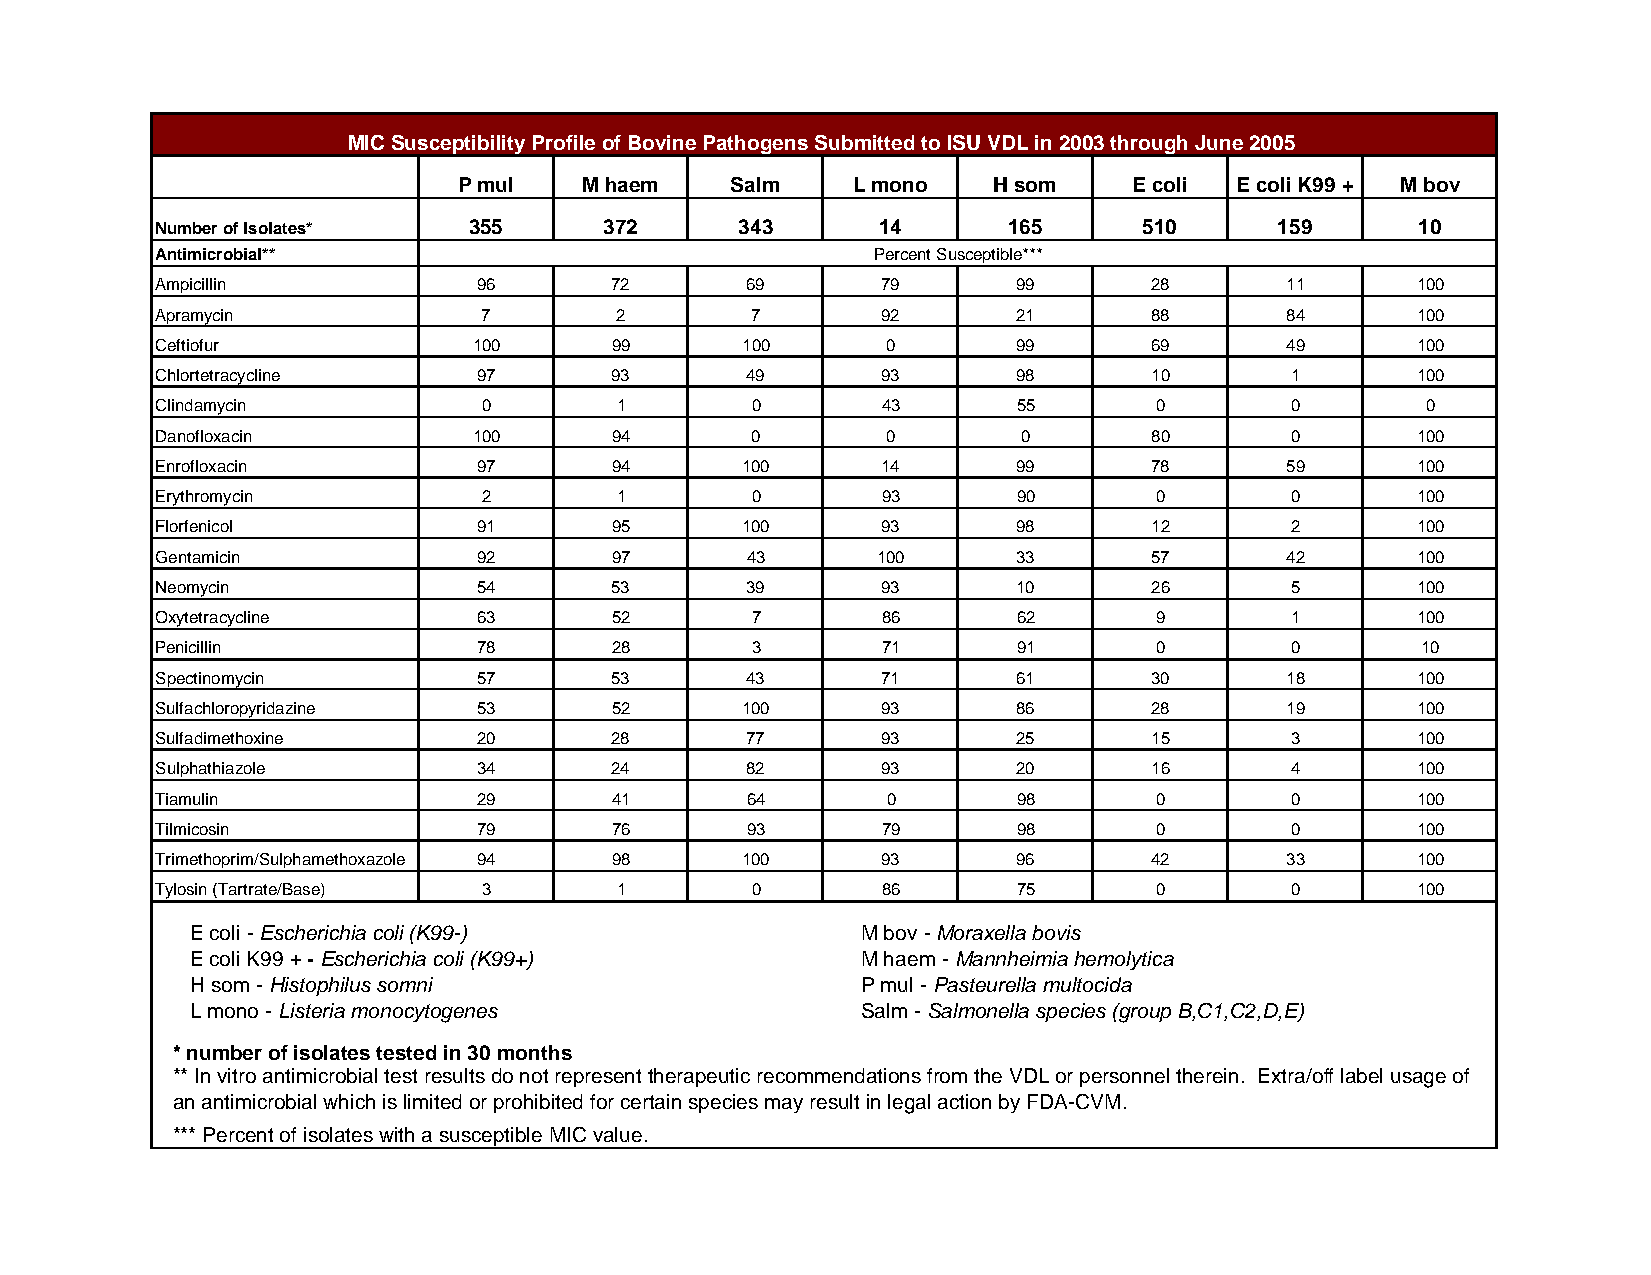
MIC Susceptibility Profile of Bovine Pathogens Submitted to ISU VDL in 2003 through June 2005
 P mul    M haem   Salm    L mono    H som    E coli E coli K99 + M bov
 Number of Isolates*  355      372      343      14       165      510      159      10
 Antimicrobial**                                 Percent Susceptible***
 Ampicillin            96       72      69       79       99       28       11       100
 Apramycin             7        2        7       92       21       88       84       100
 Ceftiofur            100       99      100       0       99       69       49       100
 Chlortetracycline     97       93      49       93       98       10       1        100
 Clindamycin           0        1        0       43       55       0        0        0
 Danofloxacin         100       94       0        0        0       80       0        100
 Enrofloxacin          97       94      100      14       99       78       59       100
 Erythromycin          2        1        0       93       90        0       0        100
 Florfenicol           91       95      100      93       98       12       2        100
 Gentamicin            92       97      43       100      33       57       42       100
 Neomycin              54       53      39       93       10       26       5        100
 Oxytetracycline       63       52       7       86       62        9       1        100
 Penicillin            78       28       3       71       91       0        0        10
 Spectinomycin         57       53      43       71       61       30       18       100
 Sulfachloropyridazine 53      52       100      93       86       28       19       100
 Sulfadimethoxine      20       28      77       93       25       15       3        100
 Sulphathiazole        34       24      82       93       20       16       4        100
 Tiamulin              29       41      64        0       98       0        0        100
 Tilmicosin            79       76      93       79       98       0        0        100
 Trimethoprim/Sulphamethoxazole 94 98   100      93       96       42       33       100
 Tylosin (Tartrate/Base) 3      1        0       86       75        0       0        100
 E coli - Escherichia coli (K99-)            M bov -Moraxella bovis
 E coli K99 + - Escherichia coli (K99+)      M haem -Mannheimia hemolytica
 H som - Histophilus somni                   P mul -Pasteurella multocida
 L mono - Listeria monocytogenes             Salm -Salmonella species (group B,C1,C2,D,E)
 * number of isolates tested in 30 months
 ** In vitro antimicrobial test results do not represent therapeutic recommendations from the VDL or personnel therein. Extra/off label usage of
 an antimicrobial which is limited or prohibited for certain species may result in legal action by FDA-CVM.
 *** Percent of isolates with a susceptible MIC value.